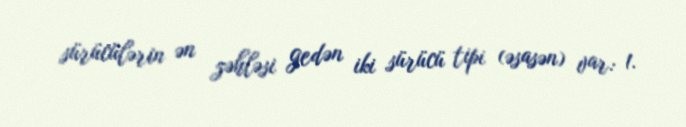
sürücülərin ən zəhləsi gedən iki sürücü tipi (əsasən) var: 1.